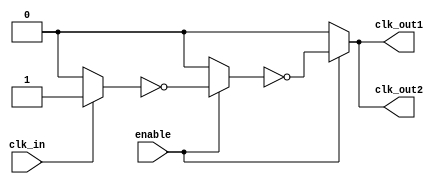
module low_power_clock_buffer (
    input wire clk_in,          // Input clock signal
    input wire enable,          // Enable signal
    output wire clk_out1,       // Buffered clock output 1
    output wire clk_out2        // Buffered clock output 2
);

    // Internal signals
    wire clk_buf;               // Buffered clock signal

    // Input Stage: Schmitt Trigger Buffer
    wire clk_in_buf;
    assign clk_in_buf = (clk_in) ? 1'b1 : 1'b0; // Simple buffer for demonstration

    // Core Buffering Stage: Series of inverters (for simplicity)
    wire clk_inv1, clk_inv2;
    assign clk_inv1 = enable ? ~clk_in_buf : 1'b0; // Inverter with enable
    assign clk_inv2 = enable ? ~clk_inv1 : 1'b0;   // Second inverter with enable

    // Output Stage: Final buffer stage driving the outputs
    assign clk_out1 = clk_inv2; // Output 1
    assign clk_out2 = clk_inv2; // Output 2 (can be modified for different outputs)

endmodule